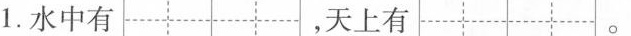
1.水中有 ，天上有 。